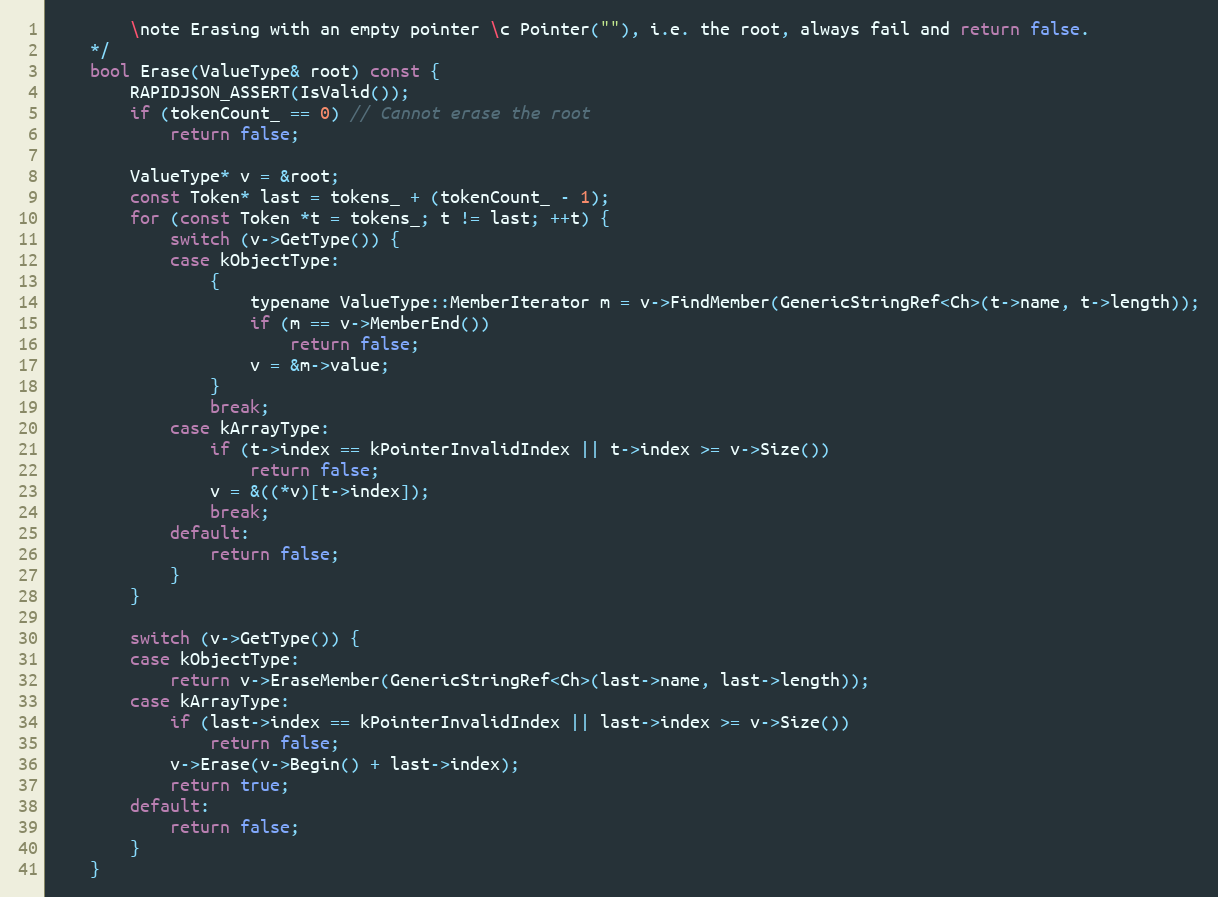
Language: C
        \note Erasing with an empty pointer \c Pointer(""), i.e. the root, always fail and return false.
    */
    bool Erase(ValueType& root) const {
        RAPIDJSON_ASSERT(IsValid());
        if (tokenCount_ == 0) // Cannot erase the root
            return false;

        ValueType* v = &root;
        const Token* last = tokens_ + (tokenCount_ - 1);
        for (const Token *t = tokens_; t != last; ++t) {
            switch (v->GetType()) {
            case kObjectType:
                {
                    typename ValueType::MemberIterator m = v->FindMember(GenericStringRef<Ch>(t->name, t->length));
                    if (m == v->MemberEnd())
                        return false;
                    v = &m->value;
                }
                break;
            case kArrayType:
                if (t->index == kPointerInvalidIndex || t->index >= v->Size())
                    return false;
                v = &((*v)[t->index]);
                break;
            default:
                return false;
            }
        }

        switch (v->GetType()) {
        case kObjectType:
            return v->EraseMember(GenericStringRef<Ch>(last->name, last->length));
        case kArrayType:
            if (last->index == kPointerInvalidIndex || last->index >= v->Size())
                return false;
            v->Erase(v->Begin() + last->index);
            return true;
        default:
            return false;
        }
    }